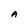
Character: A